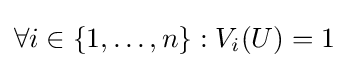
\forall i\in \{1,\dots ,n\}:V_{i}(U)=1